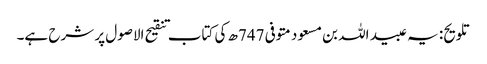
تلویح: یہ عبید اللہ بن مسعود متوفی 747ھ کی کتاب تنقیح الاصول پر شرح ہے۔